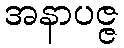
အနာပဇ္ဇ